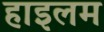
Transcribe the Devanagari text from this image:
हाइलम